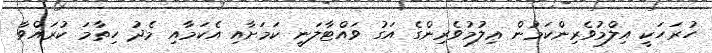
ހުރަހަކީ އިލްމުވެރިންކަމުން ޢިލުމުވެރިންގެ އަގު ވައްޓާލަނީ ކަމަށާއި އެކަމާއި މެދު ހިތާމަ ކުރައްވާ